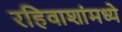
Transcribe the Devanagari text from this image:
रहिवाशांमध्ये